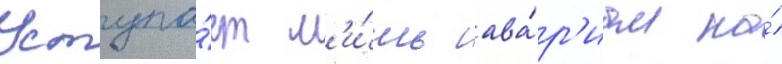
Уступа́ет л'и́шь ава́р'иам на́